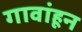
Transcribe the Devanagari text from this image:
गावांहून